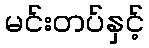
မင်းတပ်နှင့်